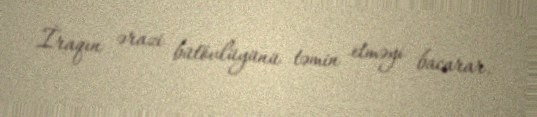
İraqın ərazi bütövlüyünü təmin etməyi bacarar.